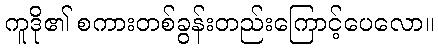
ကူဒို၏ စကားတစ်ခွန်းတည်းကြောင့်ပေလော။